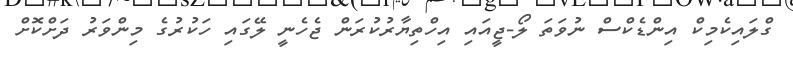
ގްލައިކެމިކް އިންޑެކްސް ނުވަތަ ލޯ-ޖީއައި އިހްތިޔާރުކުރަން ޖެހެނީ ލޭގައި ހަކުރުގެ މިންވަރު ދަށްކޮށް